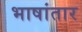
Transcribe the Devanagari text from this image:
भाषांतार